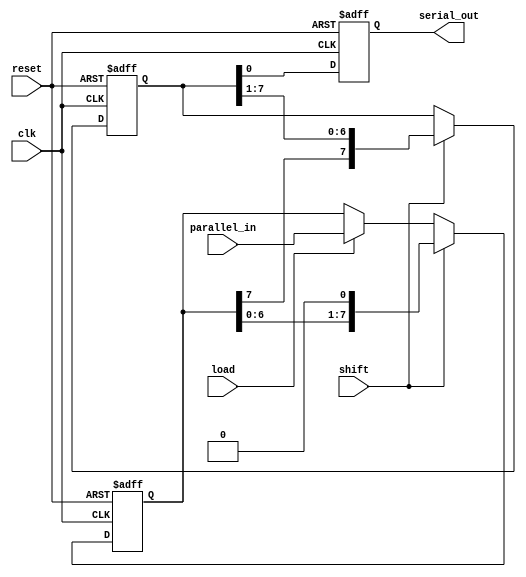
module TwoStagePISO #(
    parameter DATA_WIDTH = 8 // Parameter to set the width of the PISO register
)(
    input wire clk,           // Clock signal
    input wire reset,         // Reset signal
    input wire load,          // Load signal
    input wire shift,         // Shift signal
    input wire [DATA_WIDTH-1:0] parallel_in, // Parallel input data
    output reg serial_out     // Serial output data
);

    // Stage 1: Input Register
    reg [DATA_WIDTH-1:0] input_reg;

    // Stage 2: Shift Register (1-bit wide, chaining for DATA_WIDTH)
    reg [DATA_WIDTH-1:0] shift_reg;

    always @(posedge clk or posedge reset) begin
        if (reset) begin
            // Reset the registers
            input_reg <= 0;
            shift_reg <= 0;
            serial_out <= 0;
        end else begin
            if (load) begin
                // Load parallel input into input register
                input_reg <= parallel_in;
            end

            if (shift) begin
                // Shift data from input register to shift register
                // The most significant bit (MSB) is shifted out first
                shift_reg <= {input_reg[DATA_WIDTH-1], shift_reg[DATA_WIDTH-1:1]};
                input_reg <= {input_reg[DATA_WIDTH-2:0], 1'b0}; // Prepare for next shift
            end

            // Output the least significant bit (LSB) of the shift register
            serial_out <= shift_reg[0];
        end
    end

endmodule